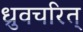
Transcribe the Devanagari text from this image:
ध्रुवचरित्